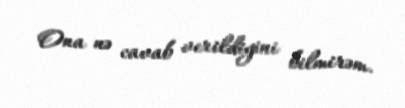
Ona nə cavab verildiyini bilmirəm.